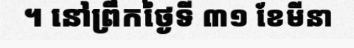
។ នៅព្រឹកថ្ងៃទី ៣១ ខែមីនា